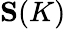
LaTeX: \mathbf{S}(K)